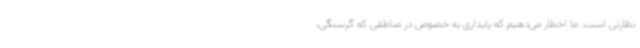
نظارتی است. ما اخطار می‌دهیم که پایداری به خصوص در مناطقی که گرسنگی،